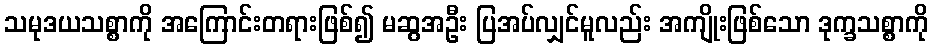
သမုဒယသစ္စာကို အကြောင်းတရားဖြစ်၍ မဆွအဦး ပြအပ်လျှင်မူလည်း အကျိုးဖြစ်သော ဒုက္ခသစ္စာကို